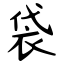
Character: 袋